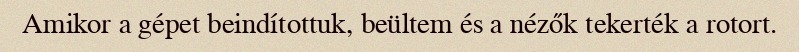
Amikor a gépet beindítottuk, beültem és a nézők tekerték a rotort.